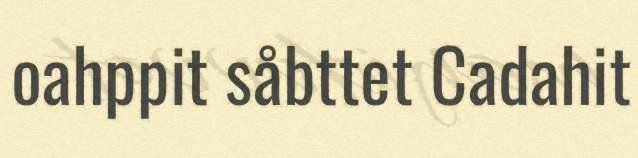
oahppit såbttet Cadahit